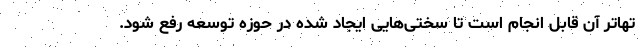
تهاتر آن قابل انجام است تا سختی‌هایی ایجاد شده در حوزه توسعه رفع شود.